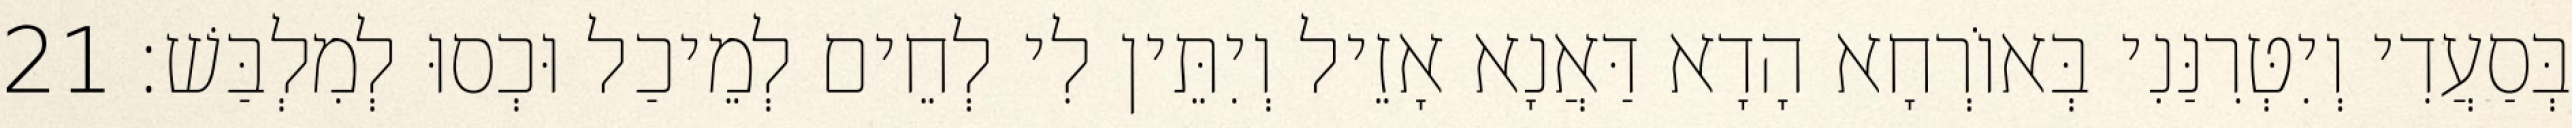
בְּסַעֲדִי וְיִטְּרִנַּנִי בְּאוֹרְחָא הָדָא דַּאֲנָא אָזֵיל וְיִתֵּין לִי לְחֵים לְמֵיכַל וּכְסוּ לְמִלְבַּשׁ׃ 21